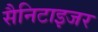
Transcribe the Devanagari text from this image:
सैनिटाइजर